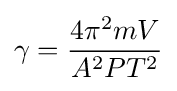
{\gamma }={\frac {4\pi ^{2}mV}{A^{2}PT^{2}}}